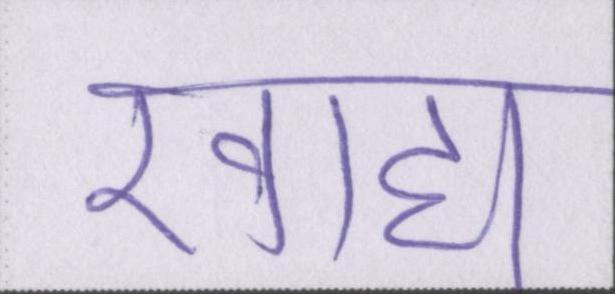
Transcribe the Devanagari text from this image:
खाद्य